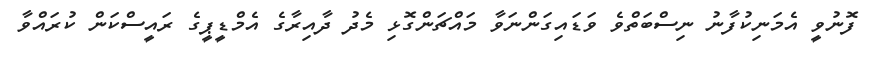
ފޮނުވީ އެމަނިކުފާނު ނިސްބަތްވެ ވަޑައިގަންނަވާ މައްޗަންގޮޅި މެދު ދާއިރާގެ އެމްޑީޕީގެ ރައީސްކަން ކުރައްވާ